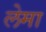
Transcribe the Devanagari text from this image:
लेमा